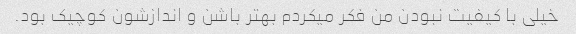
خیلی با کیفیت نبودن من فکر میکردم بهتر باشن و اندازشون کوچیک بود.